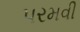
પરમવી